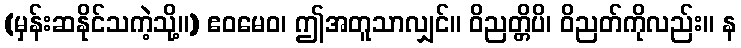
(မှန်းဆနိုင်သကဲ့သို့။) ဧဝမေဝ၊ ဤအတူသာလျှင်။ ဝိညတ္တိပိ၊ ဝိညတ်ကိုလည်း။ န